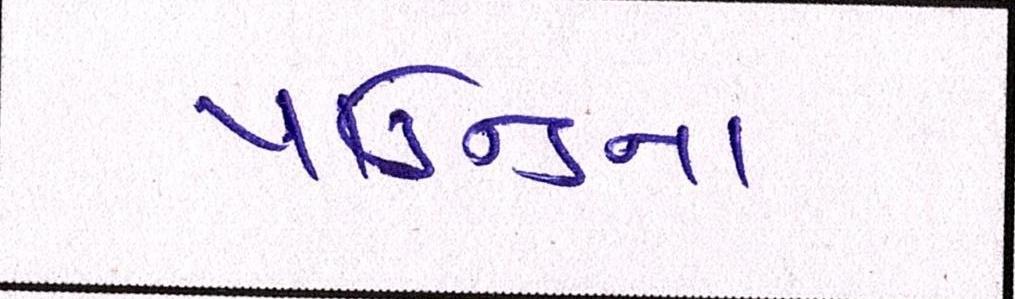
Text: પાઉન્ડના